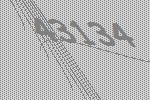
43134